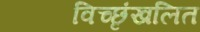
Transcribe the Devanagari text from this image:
विच्छृंखलित